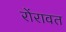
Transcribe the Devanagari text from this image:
रोंरावत